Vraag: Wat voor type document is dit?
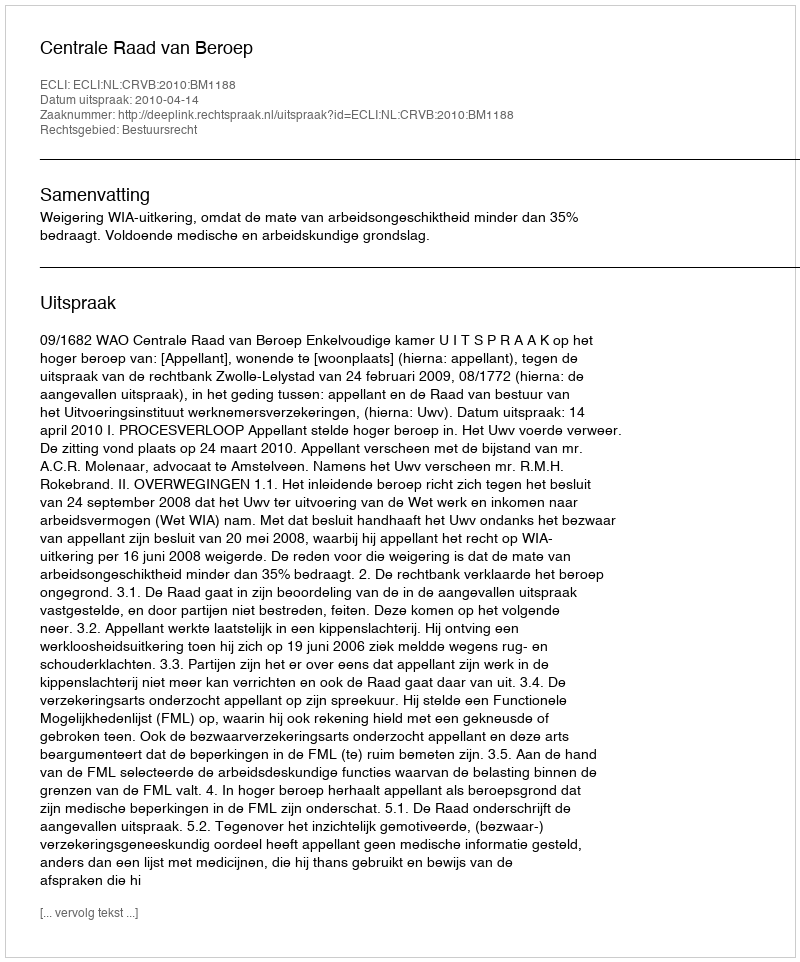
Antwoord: Uitspraak